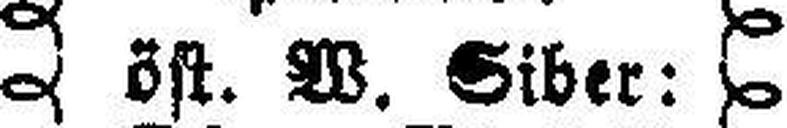
öst. W. Siber: